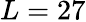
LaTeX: L=27